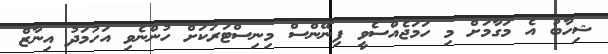
ޝިހާބު އެ މަގާމަށް މި ހަމަޖެއްސެވީ ފިނޭންސް މިނިސްޓަރަކަށް ހުންނެވި އަހުމަދު އިނާޒް